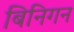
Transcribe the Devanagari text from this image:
बिनिगन